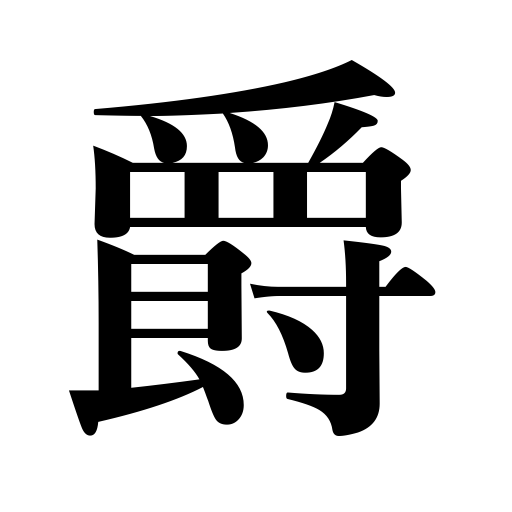
Meanings: court rank,peerage